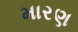
મારણ